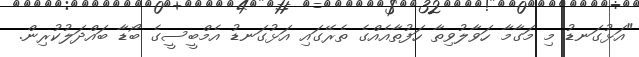
"އަޅުގަނޑު މި މަގާމާ ހަވާލުވިތާ ހަފުތާއެއްގެ ތެރޭގައި އަޅުގަނޑު އެމްބީސީގެ ބޯޑާ ބައްދަލުކުރިން.